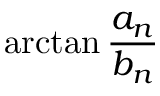
\arctan { \frac { a _ { n } } { b _ { n } } }